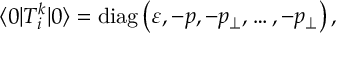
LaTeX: \langle 0 | T _ { i } ^ { k } | 0 \rangle = \mathrm { d i a g } \left( \varepsilon , - p , - p _ { \perp } , \ldots , - p _ { \perp } \right) ,